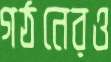
গঠনেরও